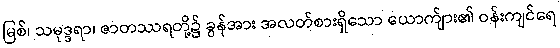
မြစ်၊ သမုဒ္ဒရာ၊ ဇာတဿရတို့၌ ခွန်အား အလတ်စားရှိသော ယောက်ျား၏ ဝန်းကျင်ရေ